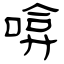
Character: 啽